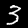
Label: 3